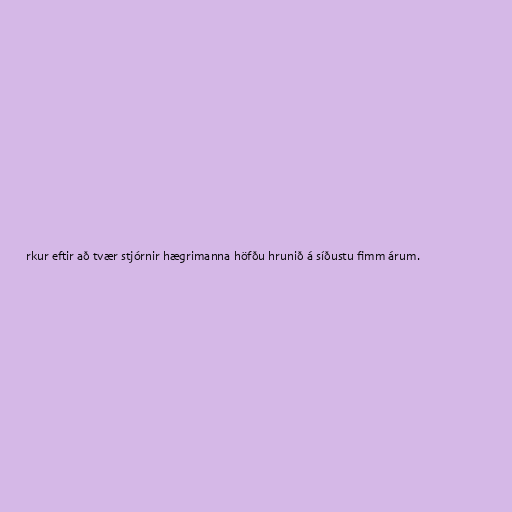
rkur eftir að tvær stjórnir hægrimanna höfðu hrunið á síðustu fimm árum.